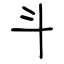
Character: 斗